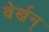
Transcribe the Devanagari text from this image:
बेर्खन्